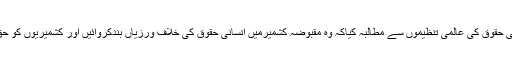
علی رضاسیدنے عالمی برادری اور انسانی حقوق کی عالمی تنظیموں سے مطالبہ کیاکہ وہ مقبوضہ کشمیرمیں انسانی حقوق کی خلاف ورزیاں بندکروائیں اور کشمیریوں کو حق خودارادیت دلوانے میں ان کی مددکریں۔